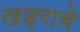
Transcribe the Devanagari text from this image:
खड्गाचे